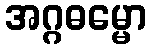
အဂ္ဂဓမ္မော